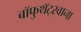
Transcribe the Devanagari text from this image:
बॉफुथॅट्स्वाना